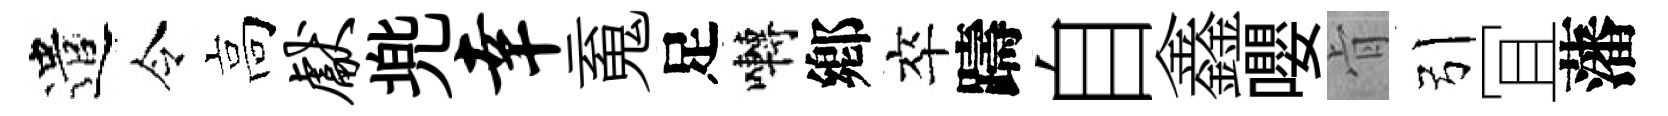
遣令高献兠幸䰟足囀鄕卒躊自鑫嚶肻引冝藩